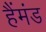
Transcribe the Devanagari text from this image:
हैंमंड